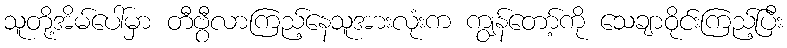
သူတို့အိမ်ပေါ်မှာ တီဗွီလာကြည့်နေသူအားလုံးက ကျွန်တော့်ကို သေချာဝိုင်းကြည့်ပြီး